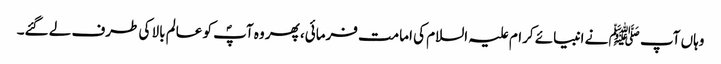
وہاں آپ ﷺ نے انبیائے کرام علیہ السلام کی امامت فرمائی، پھر وہ آپؐ کو عالم بالا کی طرف لے گئے۔